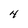
Character: 4